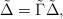
LaTeX: \begin{align*}\tilde \Delta=\tilde \Gamma \tilde \Delta,\end{align*}